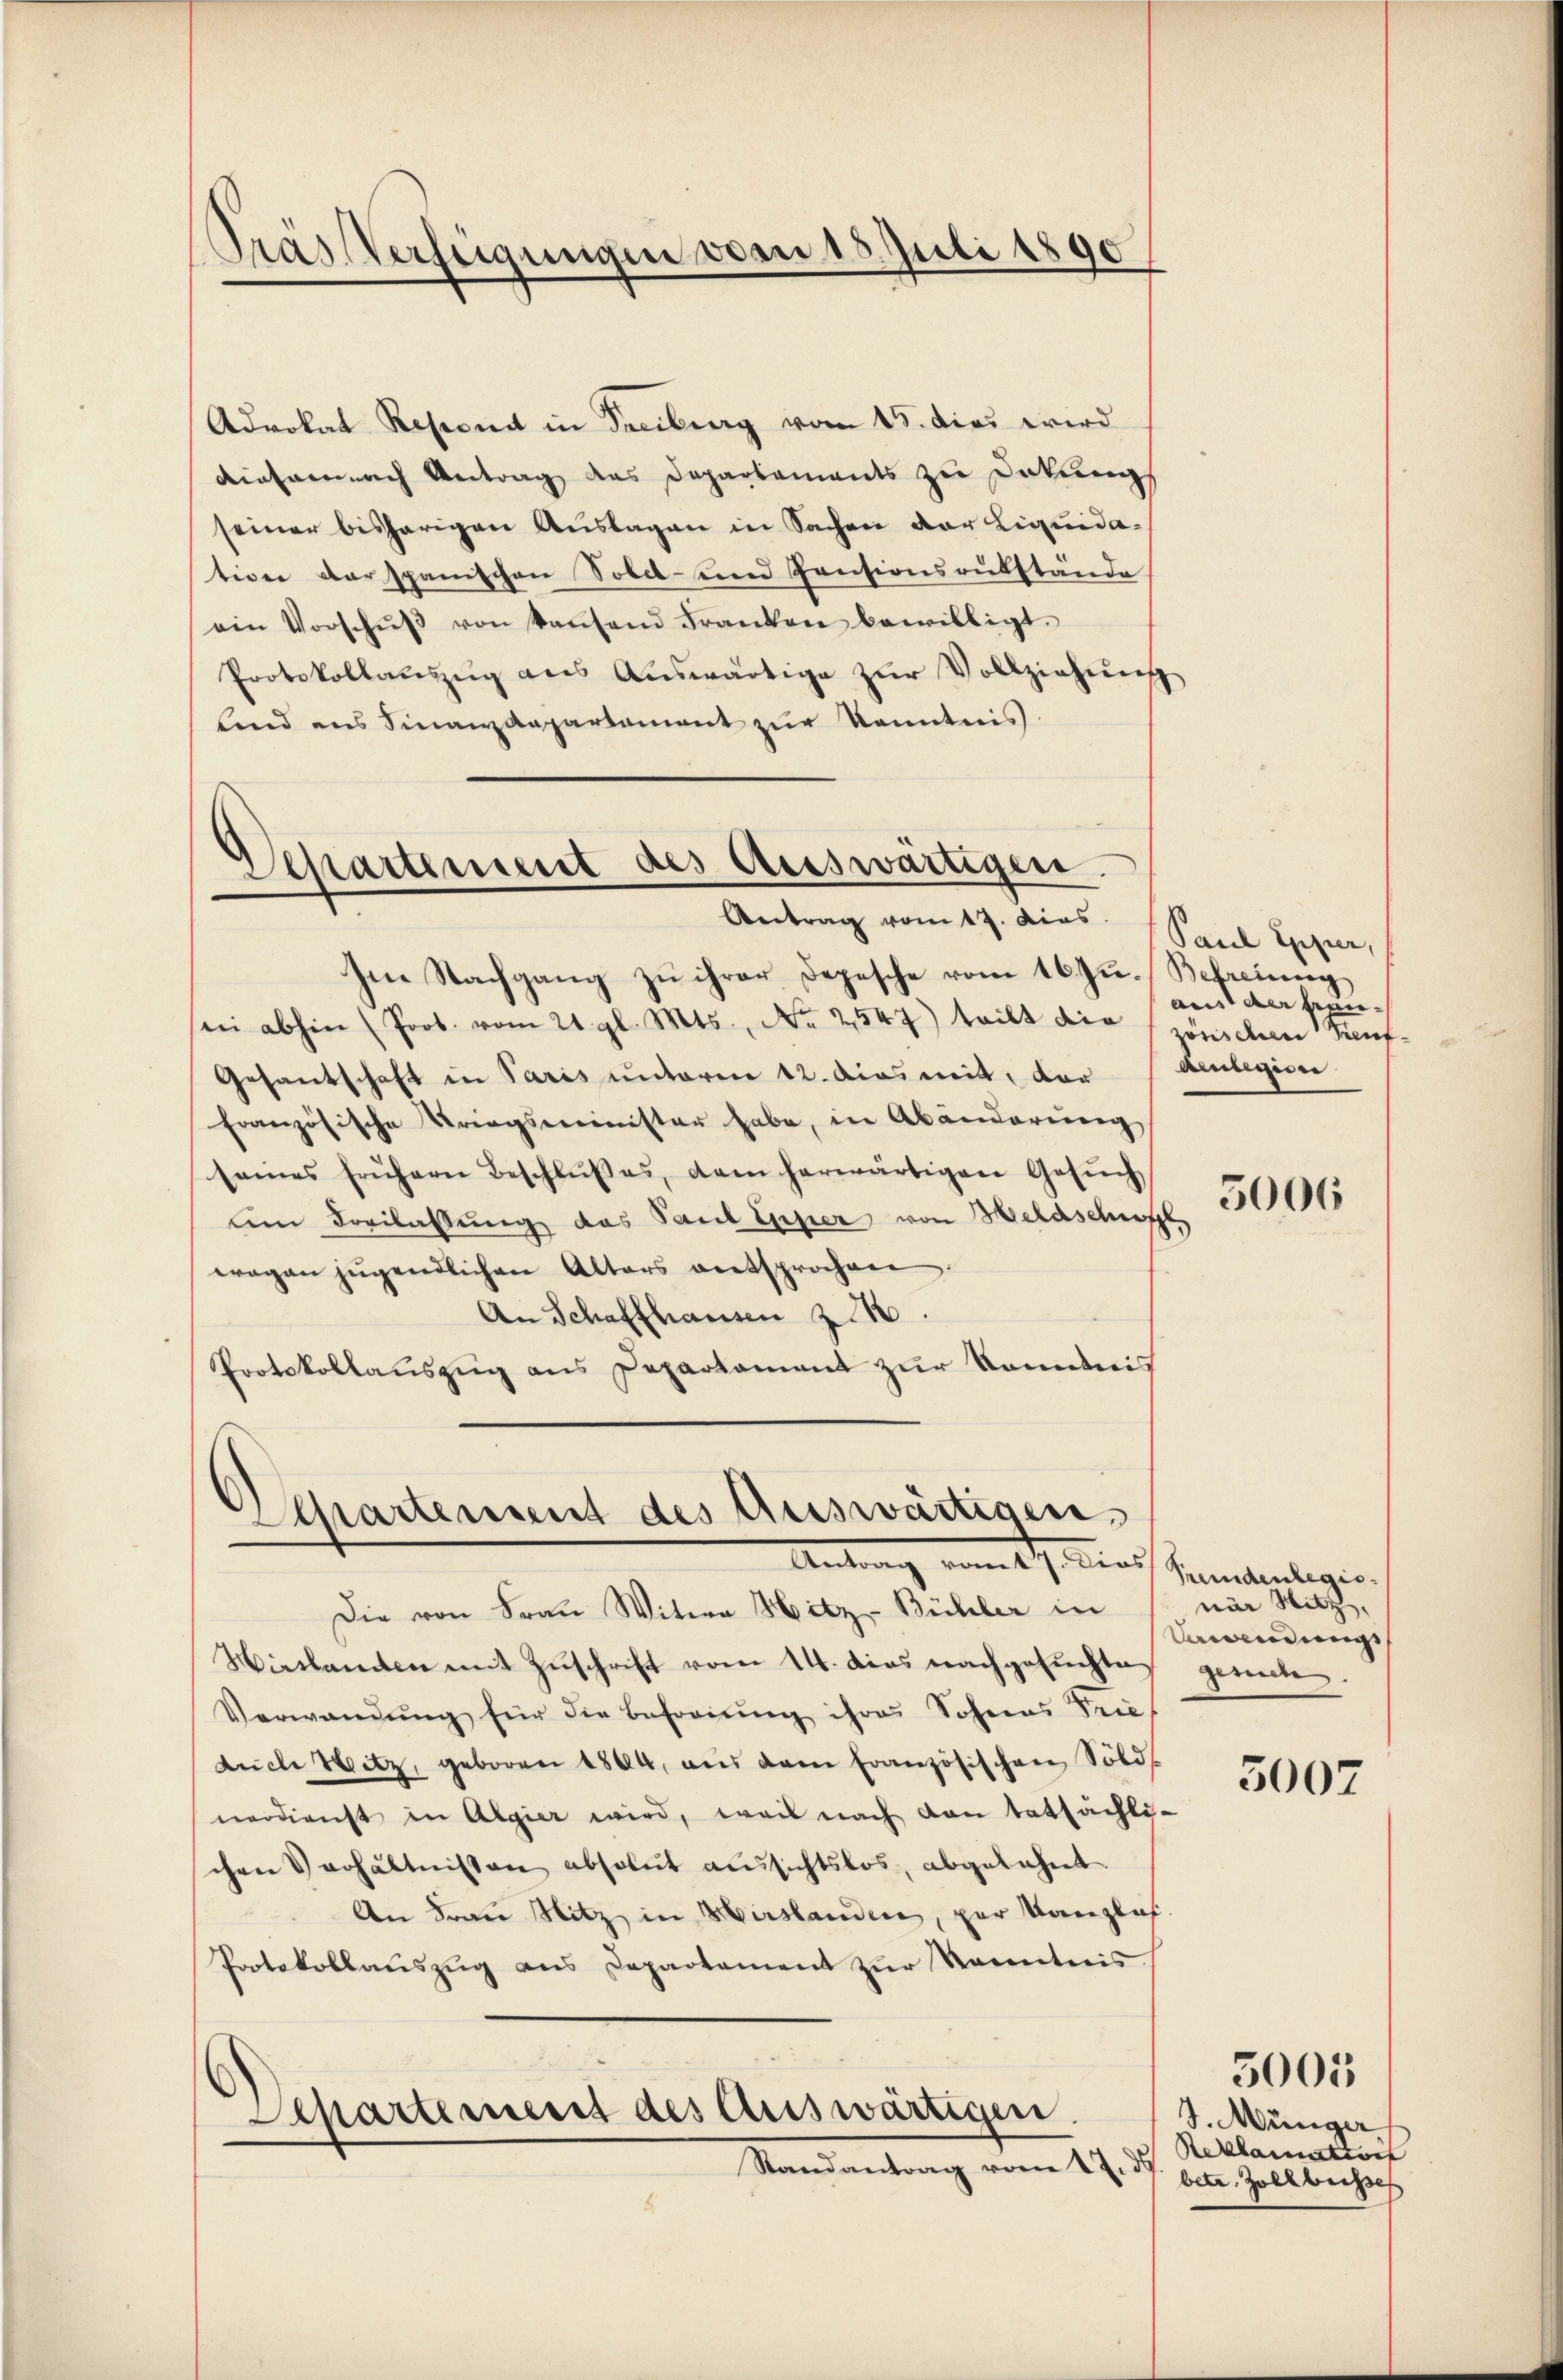
Pras Verfügungen vom 15. Juli 1890

Advokat Reponat in Freiburg vom 15. dies wird
diesemnach Antrag des Departements zu Deckung
seiner bisherigen Auslagen in Sachen der Liquidation derspanischen Tobel- und Zensionsrükstände
ein Vorschŭβ von konsend Franken bewilligt.
Protokollatesŭg als Aŭswärtige zŭr Vollziehŭng
lind ans Finanzdepartament zŭr Kenntnis.
Im Nachgang zŭ ihrer Depesche vom 16. Ju. Befreiung
sei abhin (Prob. vom 21. gl. Mts., No 2547) teilt die schen Kauf-
Gesantschaft in Paris unterm 12. das mit, der Anlegion
französische Kriegsminister habe, in Abänderung
seines frühern Beschlŭβes, dem herwärtigen Gesŭch
Am Freilassung das Paul Giper von Heldschaft,
wogen jugendlichen Alters entsprochen
An Schaffhausen z 10.
Protokollauszug aus Departament zur kanntnis

Departement des Auswärtigen.
Antrag vom 17. Das Spiel Eppier,

Departement des Auswärtigen,
Antrag vom 17. Dans Gemdenlegio

Die von Frau Witwe Hitz- Bühler in
Hirslamten mit Zŭschrift vom 14. dies nachgesuchten geste
Verwandŭng für die Befreiung ihres Sohneas Tries
düche Witz, geboren 1864, aus dem französischen Solds
nerdienst in Algier wird, weil nach den tatsächli-
chen Verhältnissen absolut aussichtslos, abgelehnt.
An Frau Nitz, in Hirslanden, par Kanzlas.
Protokollaŭszŭg ans Departement zŭr Kenntnis
Departement des Auswärtigen.
Randantrag vom 17. ds.

aus der Frau¬

5006

när Nitz,
Verwendungs

5007

J. Münger
Reklamation
betr. Zoll besse

5005